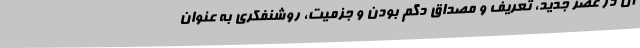
آن در عصر جدید، تعریف و مصداق دگم بودن و جزمیت، روشنفکری به عنوان